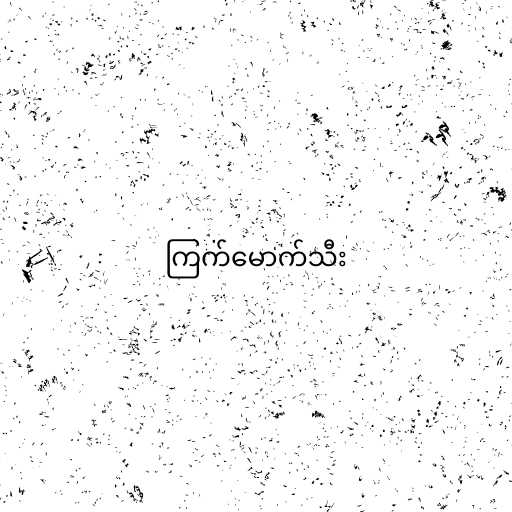
ကြက်မောက်သီး